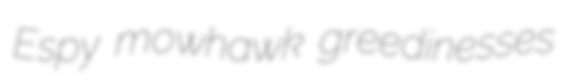
Espy mowhawk greedinesses